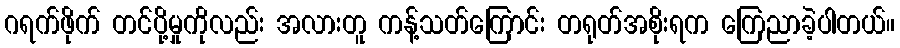
ဂရက်ဖိုက် တင်ပို့မှုကိုလည်း အလားတူ ကန့်သတ်ကြောင်း တရုတ်အစိုးရက ကြေညာခဲ့ပါတယ်။